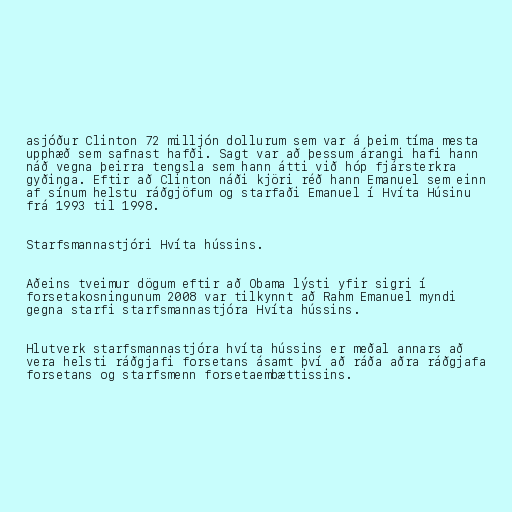
asjóður Clinton 72 milljón dollurum sem var á þeim tíma mesta
upphæð sem safnast hafði. Sagt var að þessum árangi hafi hann
náð vegna þeirra tengsla sem hann átti við hóp fjársterkra
gyðinga. Eftir að Clinton náði kjöri réð hann Emanuel sem einn
af sínum helstu ráðgjöfum og starfaði Emanuel í Hvíta Húsinu
frá 1993 til 1998.

Starfsmannastjóri Hvíta hússins.

Aðeins tveimur dögum eftir að Obama lýsti yfir sigri í
forsetakosningunum 2008 var tilkynnt að Rahm Emanuel myndi
gegna starfi starfsmannastjóra Hvíta hússins.

Hlutverk starfsmannastjóra hvíta hússins er meðal annars að
vera helsti ráðgjafi forsetans ásamt því að ráða aðra ráðgjafa
forsetans og starfsmenn forsetaembættissins.